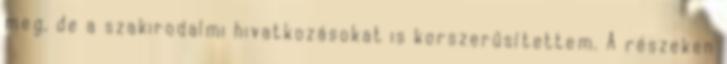
meg, de a szakirodalmi hivatkozásokat is korszerűsítettem. A részeken